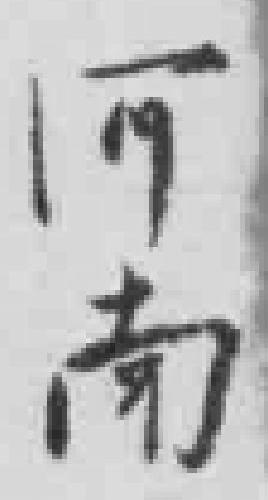
河南